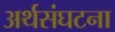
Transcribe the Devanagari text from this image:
अर्थसंघटना